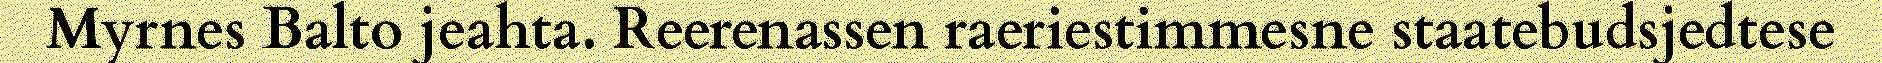
Myrnes Balto jeahta. Reerenassen raeriestimmesne staatebudsjedtese